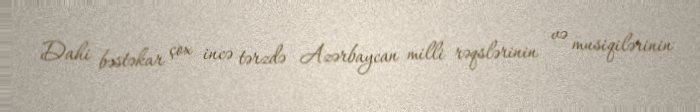
Dahi bəstəkar çox incə tərzdə Azərbaycan milli rəqslərinin və musiqilərinin